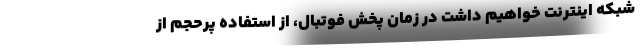
شبکه اینترنت خواهیم داشت در زمان پخش فوتبال، از استفاده پرحجم از